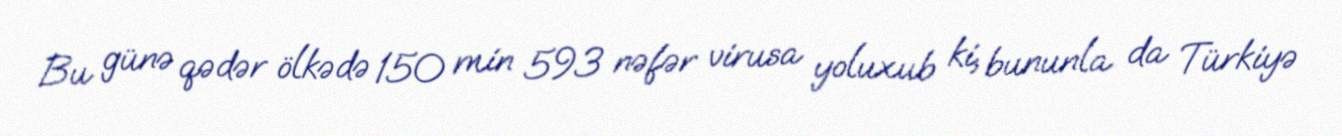
Bu günə qədər ölkədə 150 min 593 nəfər virusa yoluxub ki, bununla da Türkiyə